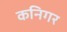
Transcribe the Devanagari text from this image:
कनिगर